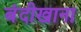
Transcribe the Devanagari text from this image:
बंदीखाना